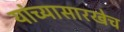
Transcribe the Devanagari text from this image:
यांच्यासारखेच